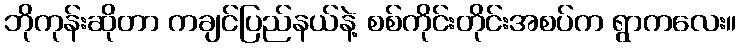
ဘိုကုန်းဆိုတာ ကချင်ပြည်နယ်နဲ့ စစ်ကိုင်းတိုင်းအစပ်က ရွာကလေး။